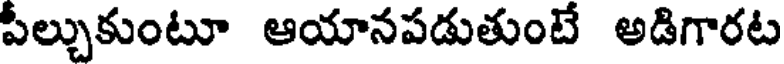
పీల్చుకుంటూ ఆయానపడుతుంటే అడిగారట